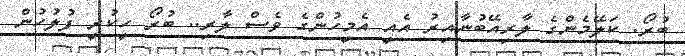
ބުރޯ. ކަލޭމެންގެ ލާރިއޭބުނާއިރު އެއީ އެމީހުންގެ ވެސް ލާރި.. ބުރޯ ހީކުރީ ފުލުހުން